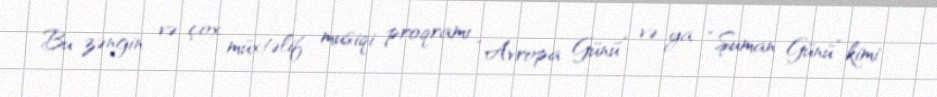
Bu zəngin və çox müxtəlif musiqi proqramı “Avropa Günü” və ya “Şuman Günü” kimi